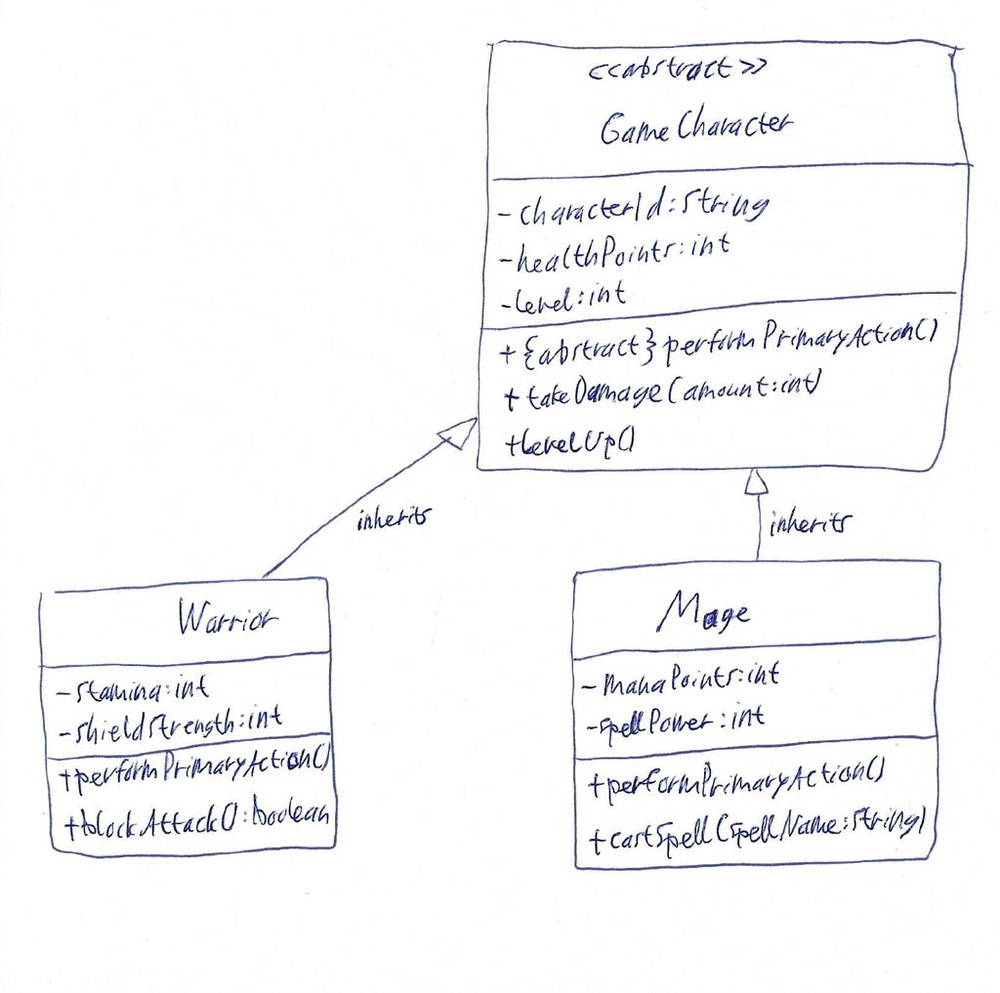
Diagram type: class_diagram
```plantuml
@startuml

abstract class GameCharacter {
    - characterId: String
    - healthPoints: int
    - level: int
    + {abstract} performPrimaryAction()
    + takeDamage(amount: int)
    + levelUp()
}

class Warrior {
    - stamina: int
    - shieldStrength: int
    + performPrimaryAction()
    + blockAttack(): boolean
}

class Mage {
    - manaPoints: int
    - spellPower: int
    + performPrimaryAction()
    + castSpell(spellName: String)
}

GameCharacter <|-- Warrior : inherits
GameCharacter <|-- Mage : inherits

@enduml
```